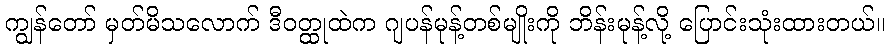
ကျွန်တော် မှတ်မိသလောက် ဒီဝတ္ထုထဲက ဂျပန်မုန့်တစ်မျိုးကို ဘိန်းမုန့်လို့ ပြောင်းသုံးထားတယ်။